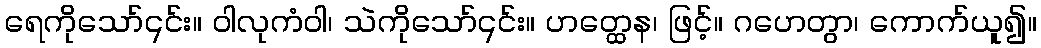
ရေကိုသော်၎င်း။ ဝါလုကံဝါ၊ သဲကိုသော်၎င်း။ ဟတ္ထေန၊ ဖြင့်။ ဂဟေတွာ၊ ကောက်ယူ၍။